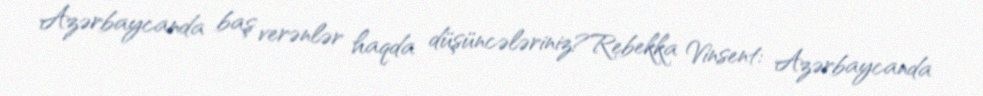
Azərbaycanda baş verənlər haqda düşüncələriniz?Rebekka Vinsent: Azərbaycanda